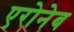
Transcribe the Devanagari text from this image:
एरोनेब